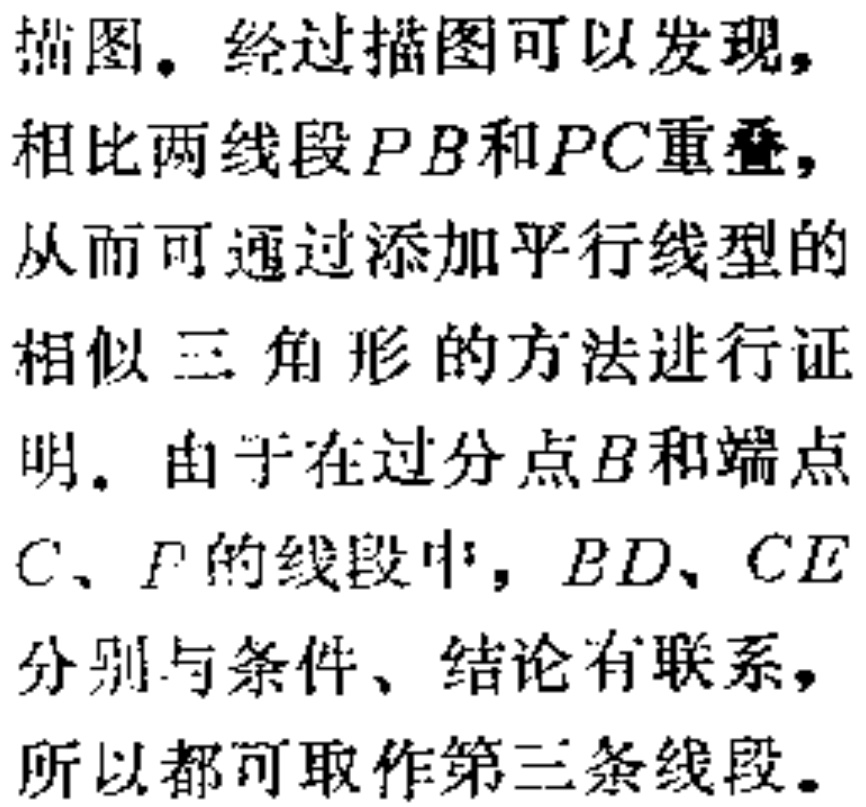
描图。经过描图可以发现，
相比两线段\(PB\)和\(PC\)重叠，
从而可通过添加平行线型的
相似三角形的方法进行证
明。由于在过分点\(B\)和端点
\(C、F\)的线段中，\(BD、CE\)
分别与条件、结论有联系，
所以都可取作第三条线段。